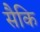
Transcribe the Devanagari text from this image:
सैकि